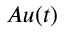
A u ( t )